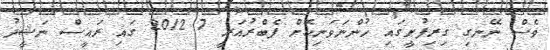
ވެސް ނޭނގި ގިރިފުށީގައި ހުންނަވަނިކޮށް ފެބްރުއަރީ 7 2012 ގައި ރައީސް ނަޝީދު